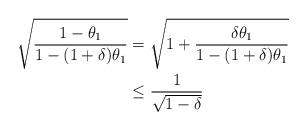
LaTeX: \begin{align*}\sqrt{\frac{1-\theta_1}{1-(1+\delta)\theta_1}}&=\sqrt{1+\frac{\delta\theta_1}{1-(1+\delta)\theta_1} } \\ &\le \frac{1}{\sqrt{1-\delta}}\end{align*}